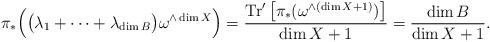
LaTeX: \begin{align*}\pi_* \Big(\big( \lambda_1 + \cdots + \lambda_{\dim B} \big)\omega^{\wedge \dim X}\Big)=\frac{{\rm{Tr}'}\,\big[\pi_* (\omega^{\wedge (\dim X + 1)})\big]}{\dim X + 1}=\frac{\dim B}{\dim X + 1}.\end{align*}